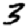
Digit: 3